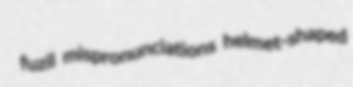
fuzil mispronunciations helmet-shaped